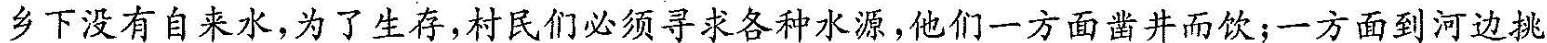
乡下没有自来水，为了生存，村民们必须寻求各种水源，他们一方面凿井而饮；一方面到河边挑